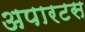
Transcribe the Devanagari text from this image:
अपारटस